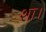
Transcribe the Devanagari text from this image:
शा।